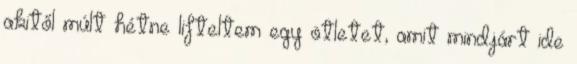
akitől múlt hétne lifteltem egy ötletet, amit mindjárt ide